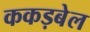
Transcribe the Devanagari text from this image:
ककड़बेल